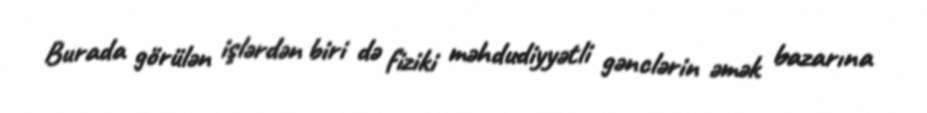
Burada görülən işlərdən biri də fiziki məhdudiyyətli gənclərin əmək bazarına